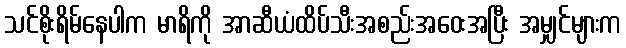
သင်စိုးရိမ်နေပါက မာရိကို အာဆီယံထိပ်သီးအစည်းအဝေးအပြီး အမျှင်များက